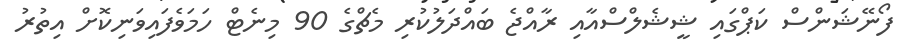
ފޯނޭޝަންސް ކަޕްގައި ޝީޝެލްސްއާއި ރާއްޖެ ބައްދަލުކުރި މެޗްގެ 90 މިނެޓް ހަމަވެފައިވަނިކޮށް އިތުރު